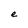
Character: e